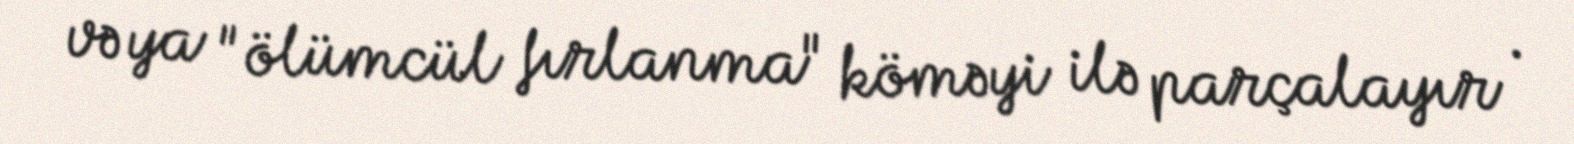
və ya "ölümcül fırlanma" köməyi ilə parçalayır .